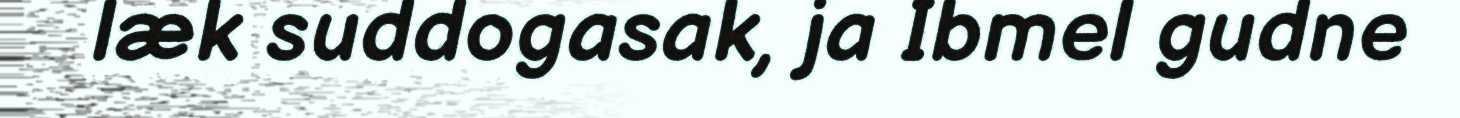
læk suddogasak, ja Ibmel gudne